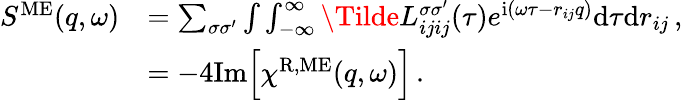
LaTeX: \begin{array}{rl}{S^{\mathrm{ME}}(q,\omega)}&{=\sum_{\sigma\sigma^{\prime}}\int\int_{-\infty}^{\infty}\Tilde{L}_{ijij}^{\sigma\sigma^{\prime}}(\tau)e^{\mathrm{i}(\omega\tau-r_{ij}q)}\mathrm{d}\tau\mathrm{d}r_{ij}\, ,}\\ &{=-4\mathrm{Im}\Big[\chi^{\mathrm{R,ME}}(q,\omega)\Big]\, .}\end{array}